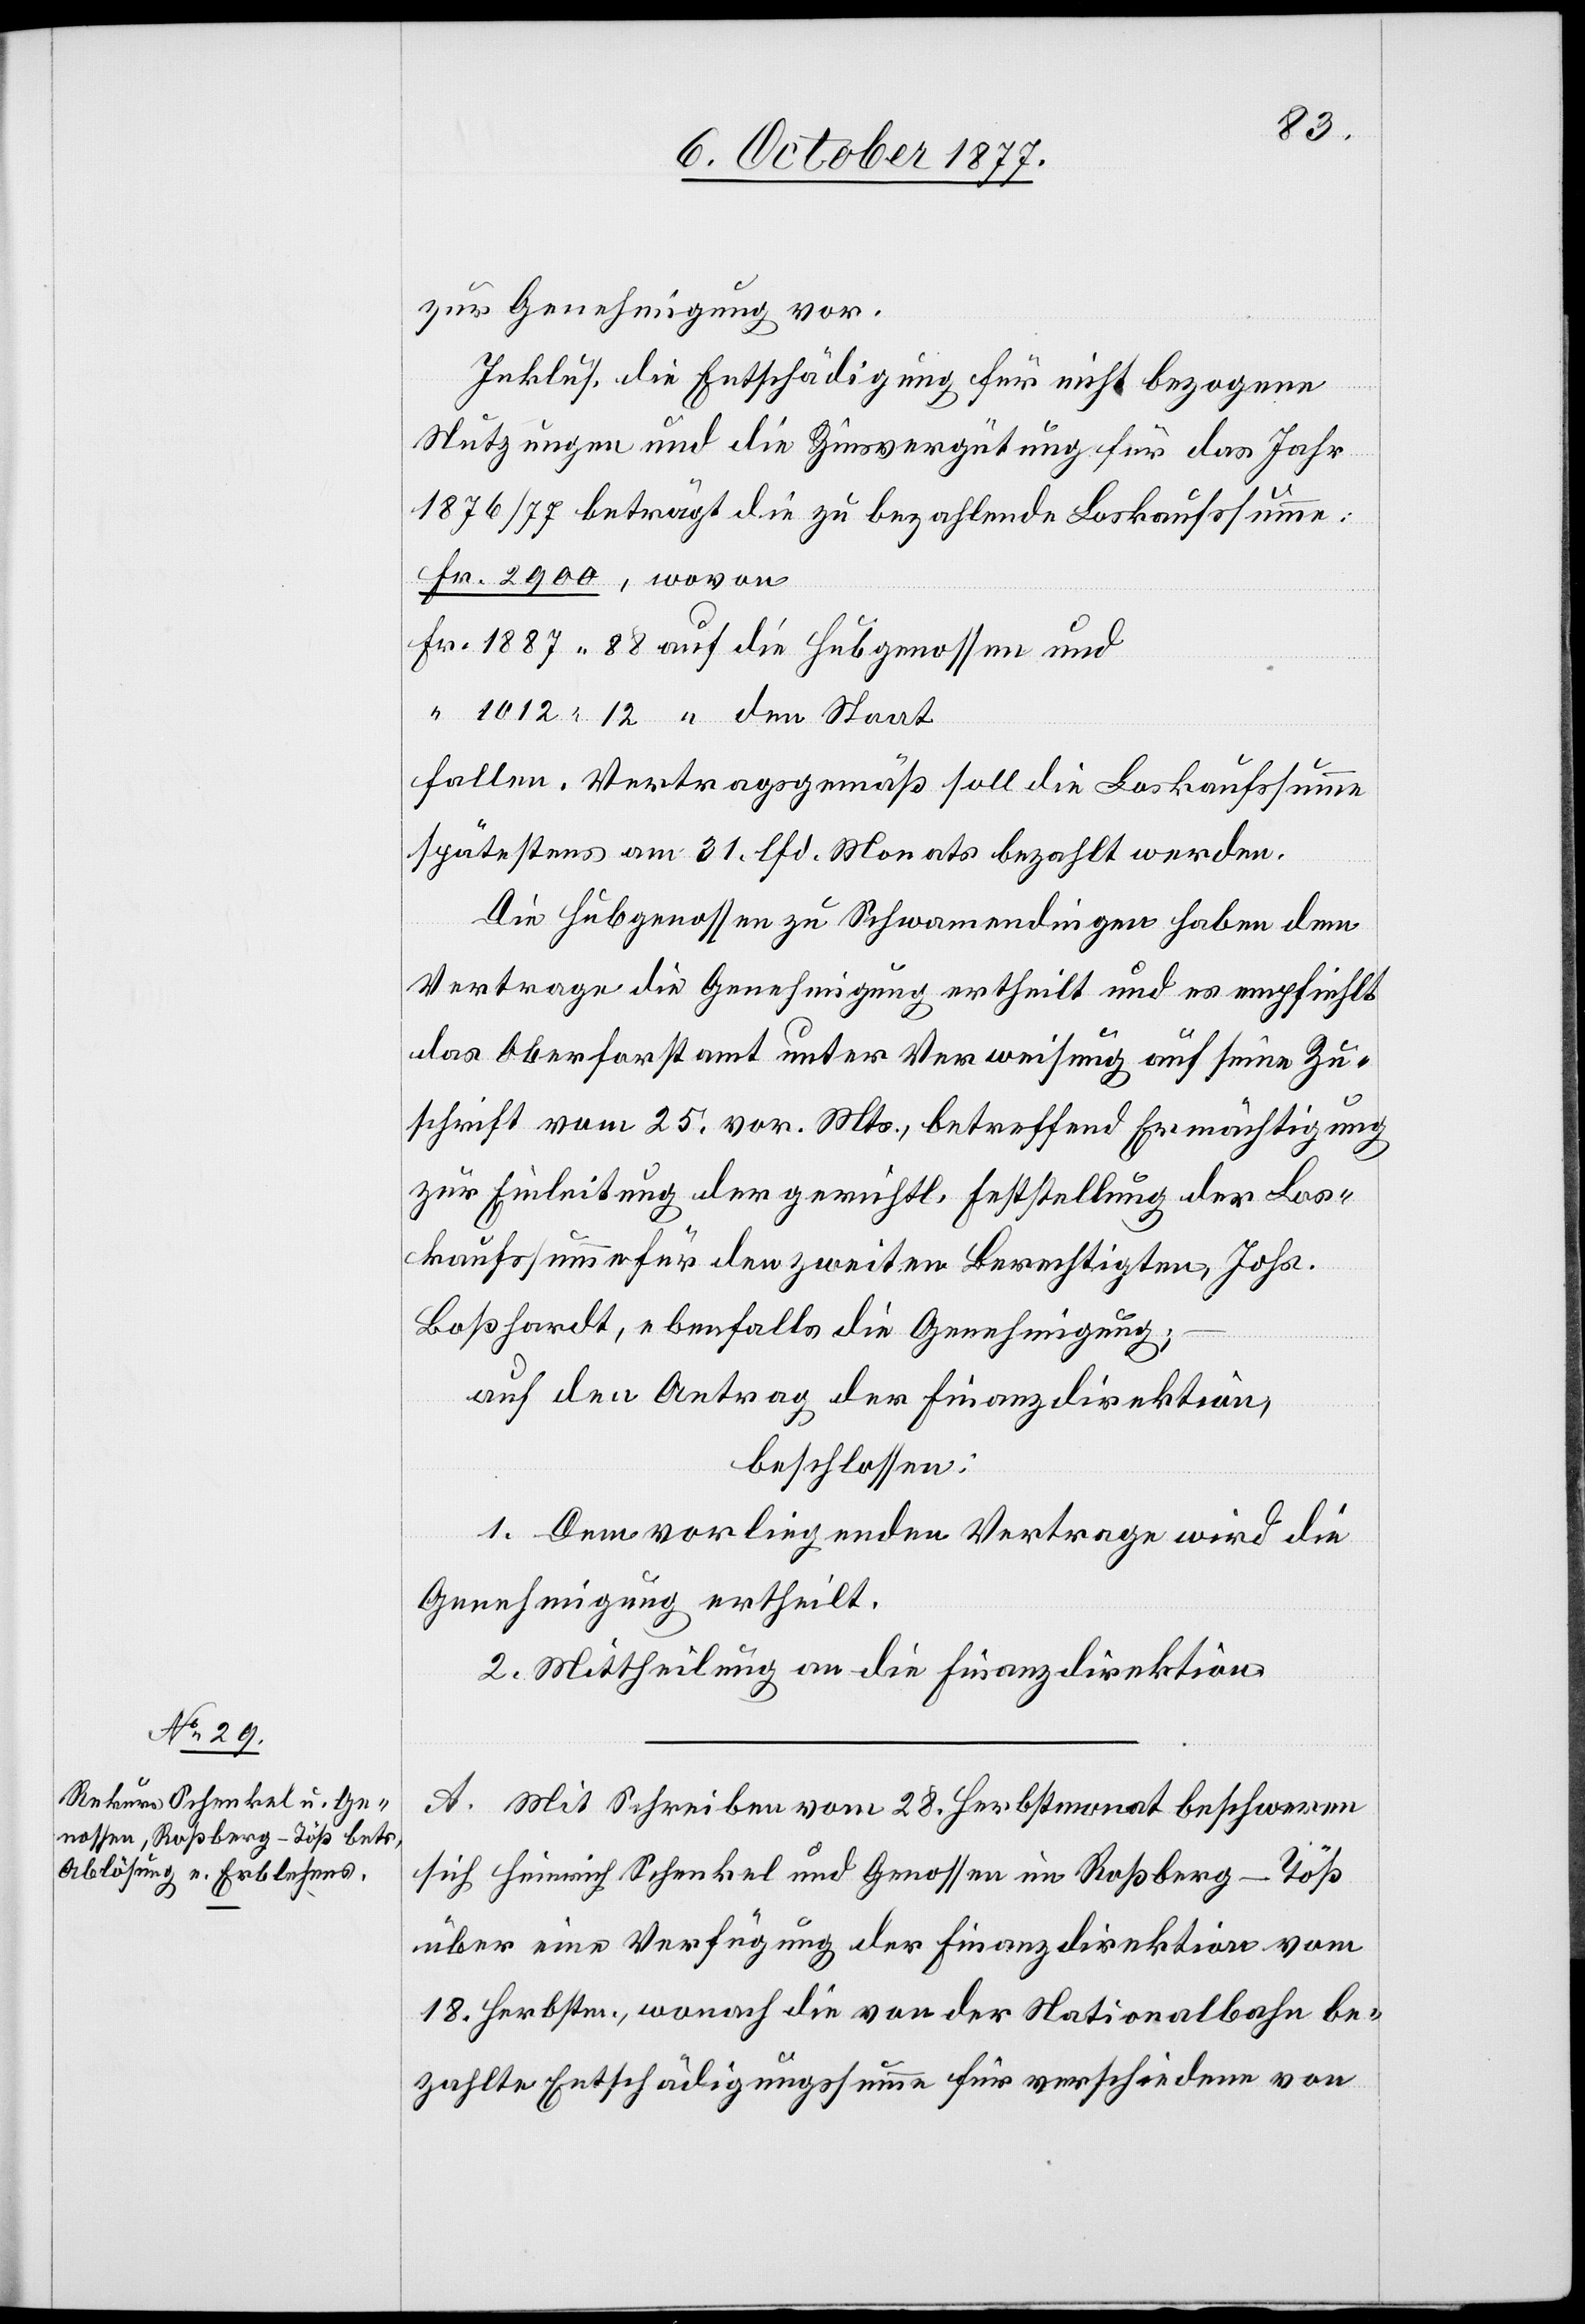
88
zur Genehmigung vor.
Inklus. die Entschädigung für nicht bezogene
Nutzungen und die Zinsvergütung für das Jahr
1876/77 beträgt die zu bezahlende Loskaufssumme:
fallen. Vertragsgemäß soll die Loskaufssumme
spätestens am 31. lfd. Monats bezahlt werden.
Die Hubgenossen zu Schwamendingen haben dem
Vertrage die Genehmigung ertheilt und es empfiehlt
das Oberforstamt unter Verweisung auf seine Zu¬
schrift vom 25. vor. Mts., betreffend Ermächtigung
zur Einleitung der gerichtl. Feststellung der Los¬
kaufssumme für den zweiten Berechtigten, Johs.
Boßhardt, ebenfalls die Genehmigung;
auf den Antrag der Finanzdirektion,
beschlossen:
1. Dem vorliegenden Vertrage wird die
Genehmigung ertheilt.
2. Mittheilung an die Finanzdirektion.
A. Mit Schreiben vom 28. Herbstmonat beschweren
sich Heinrich Schenkel und Genossen im Roßberg - Töß
über eine Verfügung der Finanzdirektion vom
18. Herbstm., wonach die von der Nationalbahn be¬
zahlte Entschädigungssumme für verschiedene von